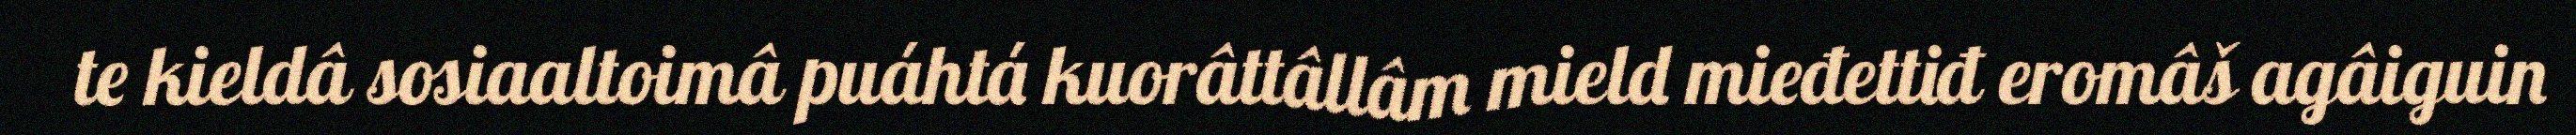
te kieldâ sosiaaltoimâ puáhtá kuorâttâllâm mield mieđettiđ eromâš agâiguin